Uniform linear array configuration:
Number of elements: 24
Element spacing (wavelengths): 0.25
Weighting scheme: cosine
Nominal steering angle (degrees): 0
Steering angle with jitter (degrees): -0.4881
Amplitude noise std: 0.05
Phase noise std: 0.05

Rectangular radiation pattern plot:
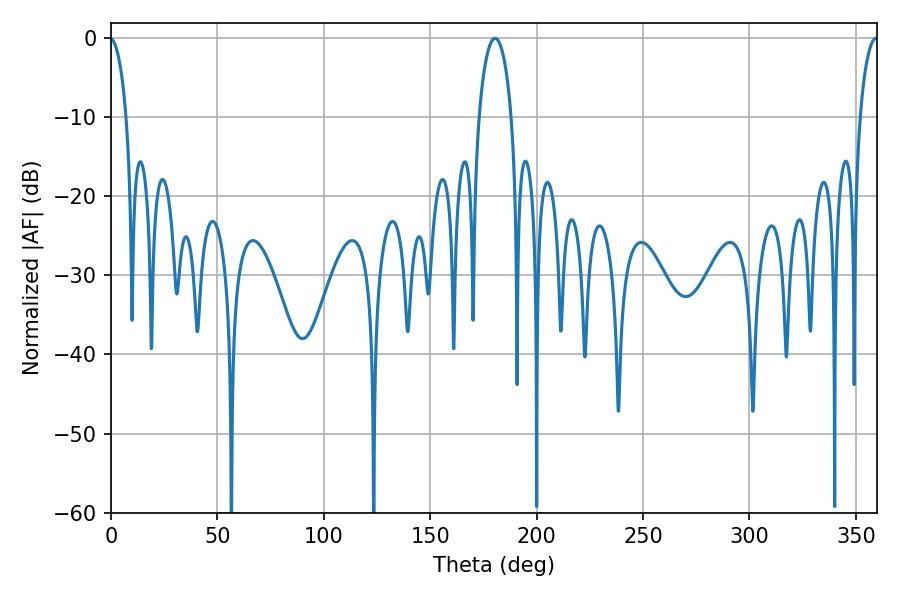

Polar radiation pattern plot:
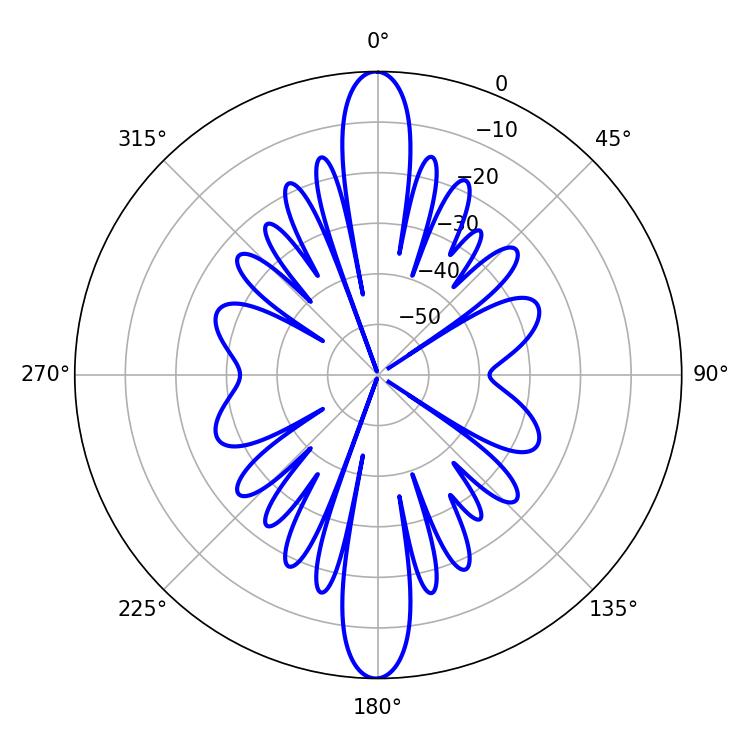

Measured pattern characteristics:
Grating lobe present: FALSE
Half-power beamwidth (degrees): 4.86
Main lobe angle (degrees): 359.46